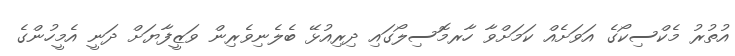
އުތުރު މެކްސިކޯގެ އަވަށެއް ކަމަށްވާ ހާރމޮސިލޯގައި ދިރިއުޅޭ ބެލެނިވެރިން ވަޒީފާޔަށް ދަނީ އެމީހުންގެ